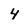
Character: 4